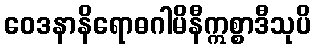
ဝေဒနာနိရောဓဂါမိနီဣစ္စာဒီသုပိ